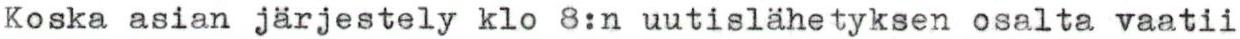
Koska asian järjestely klo 8:n uutislähetyksen osalta vaatii